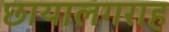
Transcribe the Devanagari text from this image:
छायालगराह